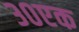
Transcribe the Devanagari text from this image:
३०एक